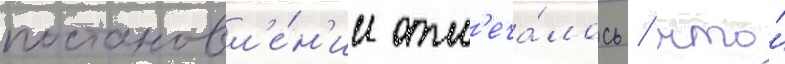
постановл'е́н'ии отм'еча́лось / что́